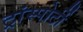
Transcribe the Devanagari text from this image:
ट्रांस्पोर्टी